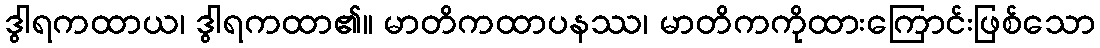
ဒွါရကထာယ၊ ဒွါရကထာ၏။ မာတိကထာပနဿ၊ မာတိကကိုထားကြောင်းဖြစ်သော